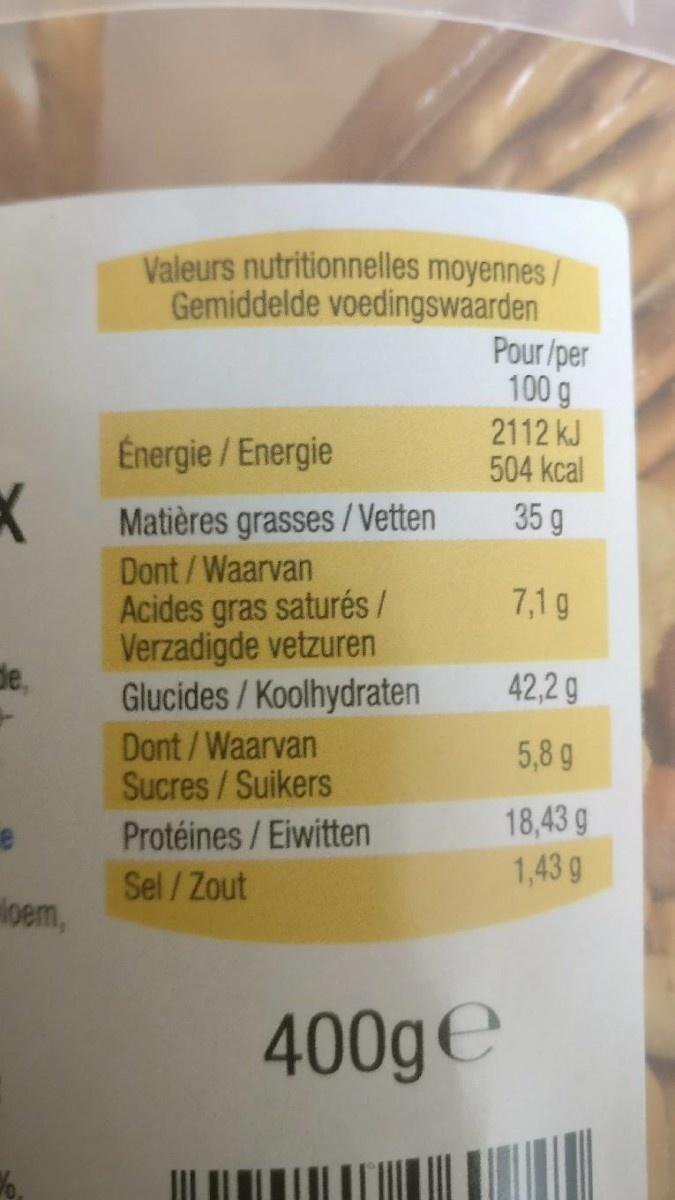
K
de,
loem,
Valeurs nutritionnelles moyennes Gemiddelde voedingswaarden
Énergie / Energie
Matières
Dont / Waarvan Acides gras saturés / Verzadigde vetzuren
grasses/Vetten
Glucides/Koolhydraten
Dont / Waarvan
Sucres / Suikers
Protéines / Eiwitten
Sel/Zout
Pour/per 100 g
2112 kJ
504 kcal
35 g
7,1 g
400ge
42,2 g
5,8 g
18,43 g
1,43 g